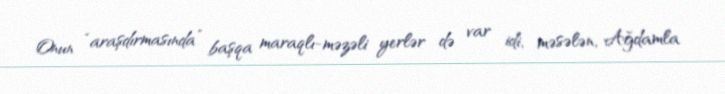
Onun “araşdırmasında” başqa maraqlı-məzəli yerlər də var idi, məsələn, Ağdamla